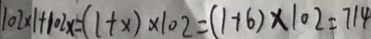
1 0 2 \times 1 + 1 0 2 x = ( 1 + x ) \times 1 0 2 = ( 1 + 6 ) \times 1 0 2 = 7 1 4